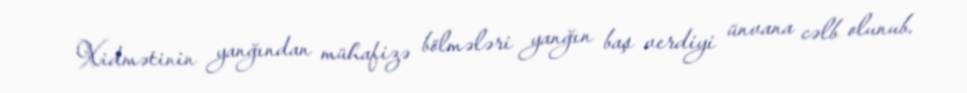
Xidmətinin yanğından mühafizə bölmələri yanğın baş verdiyi ünvana cəlb olunub.